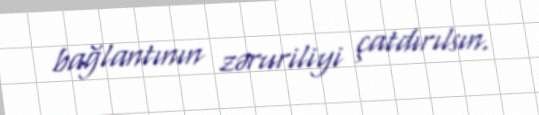
bağlantının zəruriliyi çatdırılsın.